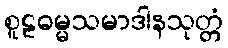
စူဠဓမ္မသမာဒါနသုတ္တံ